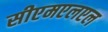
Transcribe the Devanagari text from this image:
सीएमएलएल